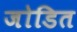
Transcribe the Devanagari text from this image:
जोडित